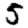
Digit: 5